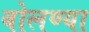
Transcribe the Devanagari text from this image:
बोलण्या